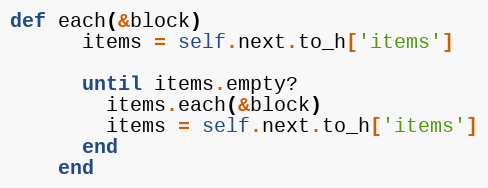
Language: Ruby
def each(&block)
      items = self.next.to_h['items']

      until items.empty?
        items.each(&block)
        items = self.next.to_h['items']
      end
    end